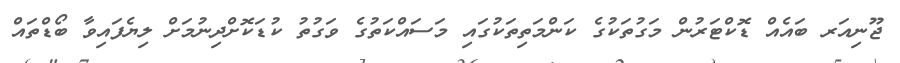
ޖޫނިއަރ ބައެއް ޑޮކްޓަރުން މަގުތަކުގެ ކަންމަތިތަކުގައި މަސައްކަތުގެ ވަގުތު ކުޑަކޮށްދިނުމަށް ލިޔެފައިވާ ބޯޑްތައް